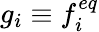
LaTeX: g_{i}\equiv f_{i}^{eq}